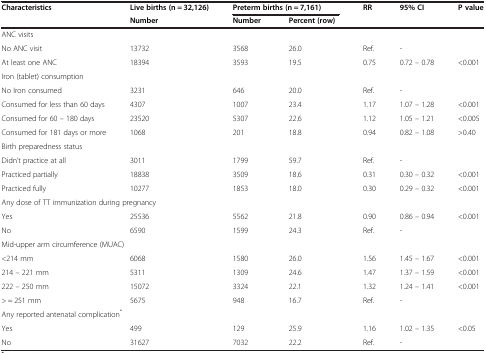
| Characteristics | Live births (n = 32,126) | <COLSPAN=2> Preterm births (n = 7,161) | RR | 95% CI | P value |
 |  | Number | Number | Percent (row) |  |  |  |
 | --- | --- | --- | --- | --- | --- | --- |
 | <COLSPAN=7> ANC visits |
 | No ANC visit | 13732 | 3568 | 26.0 | Ref. | - |  |
 | At least one ANC | 18394 | 3593 | 19.5 | 0.75 | 0.72 – 0.78 | <0.001 |
 | <COLSPAN=7> Iron (tablet) consumption |
 | No Iron consumed | 3231 | 646 | 20.0 | Ref. | - |  |
 | Consumed for less than 60 days | 4307 | 1007 | 23.4 | 1.17 | 1.07 – 1.28 | <0.001 |
 | Consumed for 60 – 180 days | 23520 | 5307 | 22.6 | 1.12 | 1.05 – 1.21 | <0.005 |
 | Consumed for 181 days or more | 1068 | 201 | 18.8 | 0.94 | 0.82 – 1.08 | >0.40 |
 | <COLSPAN=7> Birth preparedness status |
 | Didn’t practice at all | 3011 | 1799 | 59.7 | Ref. | - |  |
 | Practiced partially | 18838 | 3509 | 18.6 | 0.31 | 0.30 – 0.32 | <0.001 |
 | Practiced fully | 10277 | 1853 | 18.0 | 0.30 | 0.29 – 0.32 | <0.001 |
 | <COLSPAN=7> Any dose of TT immunization during pregnancy |
 | Yes | 25536 | 5562 | 21.8 | 0.90 | 0.86 – 0.94 | <0.001 |
 | No | 6590 | 1599 | 24.3 | Ref. | - |  |
 | <COLSPAN=7> Mid-upper arm circumference (MUAC) |
 | <214 mm | 6068 | 1580 | 26.0 | 1.56 | 1.45 – 1.67 | <0.001 |
 | 214 – 221 mm | 5311 | 1309 | 24.6 | 1.47 | 1.37 – 1.59 | <0.001 |
 | 222 – 250 mm | 15072 | 3324 | 22.1 | 1.32 | 1.24 – 1.41 | <0.001 |
 | > = 251 mm | 5675 | 948 | 16.7 | Ref. | - |  |
 | <COLSPAN=7> Any reported antenatal complication* |
 | Yes | 499 | 129 | 25.9 | 1.16 | 1.02 – 1.35 | <0.05 |
 | No | 31627 | 7032 | 22.2 | Ref. | - |  |